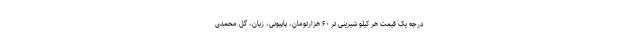
درجه یک قیمت هر کیلو شیرینی تر ۶۰ هزارتومان، پاپیونی، زبان، گل محمدی